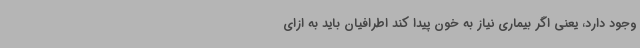
وجود دارد، یعنی اگر بیماری نیاز به خون پیدا کند اطرافیان باید به ازای